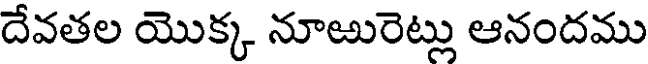
దేవతల యొక్క నూఱురెట్లు ఆనందము